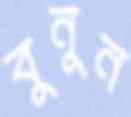
বুনুন